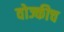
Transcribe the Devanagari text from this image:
वोज्कीच